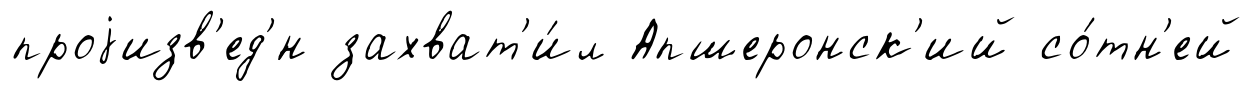
проjизв'ед'́н захват'и́л Апшеронск'ий со́тн'ей